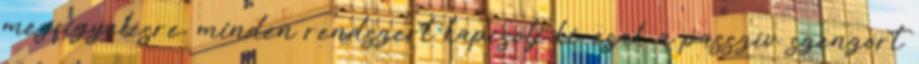
megfigyelésre, minden rendszert kapcsolj ki, csak a passzív szenzort